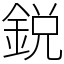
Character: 鋭